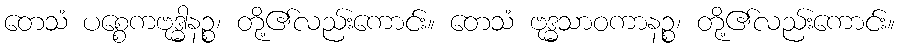
တေသံ ပစ္စေကဗုဒ္ဓါနဉ္စ၊ တို့၏လည်းကောင်း။ တေသံ ဗုဒ္ဓသာဝကာနဉ္စ၊ တို့၏လည်းကောင်း။